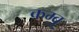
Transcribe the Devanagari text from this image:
कम्बू